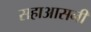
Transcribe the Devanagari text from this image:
सहाआसनी